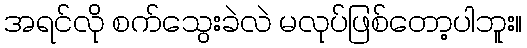
အရင်လို စက်သွေးခဲလဲ မလုပ်ဖြစ်တော့ပါဘူး။